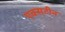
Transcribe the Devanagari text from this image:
एक्सटीन